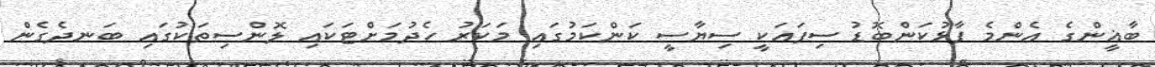
ބާޣީންގެ އެންމެ ފާޅުކަންބޮޑު ސިފައަކީ ސިޔާސީ ކަންކަމުގައި މަކަރު ހެދުމަށްޓަކައި ލޮންސިތަކުގައި ބަނދެގެން